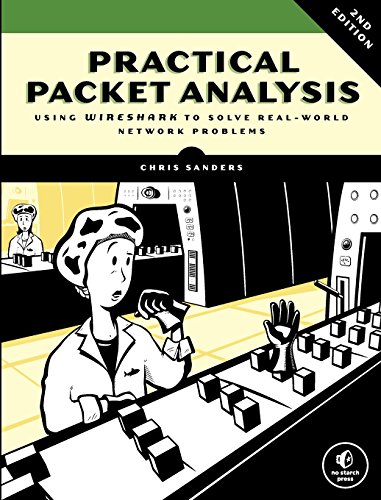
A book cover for Practical Packet Analysis: Using Wireshark to Solve Real-World Network Problems; Chris Sanders; Engineering & Transportation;